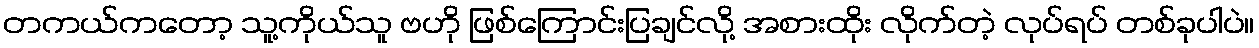
တကယ်ကတော့ သူ့ကိုယ်သူ ဗဟို ဖြစ်ကြောင်းပြချင်လို့ အစားထိုး လိုက်တဲ့ လုပ်ရပ် တစ်ခုပါပဲ။